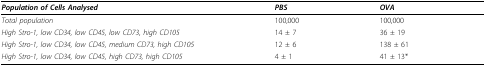
| Population of Cells Analysed | PBS | OVA |
 | --- | --- | --- |
 | Total population | 100,000 | 100,000 |
 | High Stro-1, low CD34, low CD45, low CD73, high CD105 | 14 ± 7 | 36 ± 19 |
 | High Stro-1, low CD34, low CD45, medium CD73, high CD105 | 12 ± 6 | 138 ± 61 |
 | High Stro-1, low CD34, low CD45, high CD73, high CD105 | 4 ± 1 | 41 ± 13* |